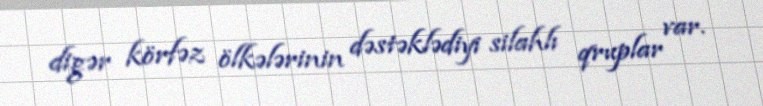
digər körfəz ölkələrinin dəstəklədiyi silahlı qruplar var.